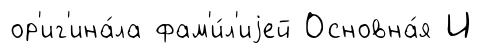
ор'иг'ина́ла фам'и́л'иjей Основна́я И